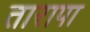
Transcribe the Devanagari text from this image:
तारापा